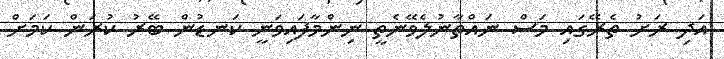
އަދި ރަށު ތެރޭގައި މަސް ނައްތާނުލެވޭނެތީ ނިންމާފައިވަނީ ކަނޑުން ބޭރު ކުރަން ކަމަށް